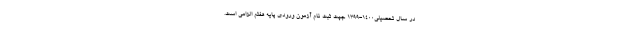
در سال تحصیلی1400-1399 جهت ثبت نام آزمون ورودی پایه هفتم الزامی است.